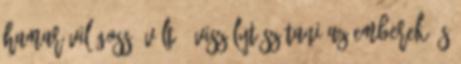
hamar világossá vált – viszályt szítani az emberek és